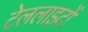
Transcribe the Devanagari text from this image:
टेललाइटों